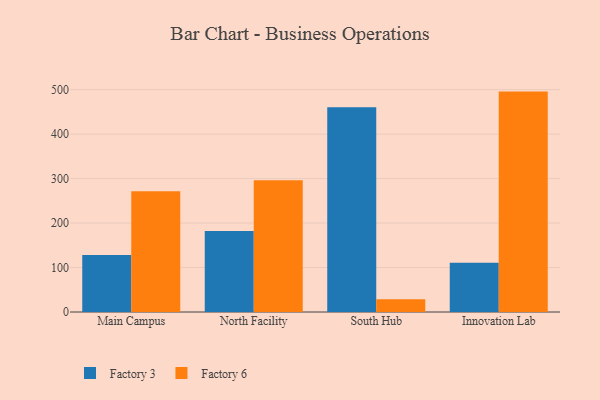
{"axis": {"x": "Campus", "y": "Gross Profit (USD K)"}, "legend": ["Factory 3", "Factory 6"], "data": [{"x": "Main Campus", "y": 128.1, "type": "Factory 3"}, {"x": "Main Campus", "y": 271.8, "type": "Factory 6"}, {"x": "North Facility", "y": 182.2, "type": "Factory 3"}, {"x": "North Facility", "y": 296.2, "type": "Factory 6"}, {"x": "South Hub", "y": 460.2, "type": "Factory 3"}, {"x": "South Hub", "y": 28.9, "type": "Factory 6"}, {"x": "Innovation Lab", "y": 110.9, "type": "Factory 3"}, {"x": "Innovation Lab", "y": 495.6, "type": "Factory 6"}]}